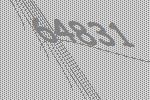
64831